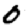
Digit: 0